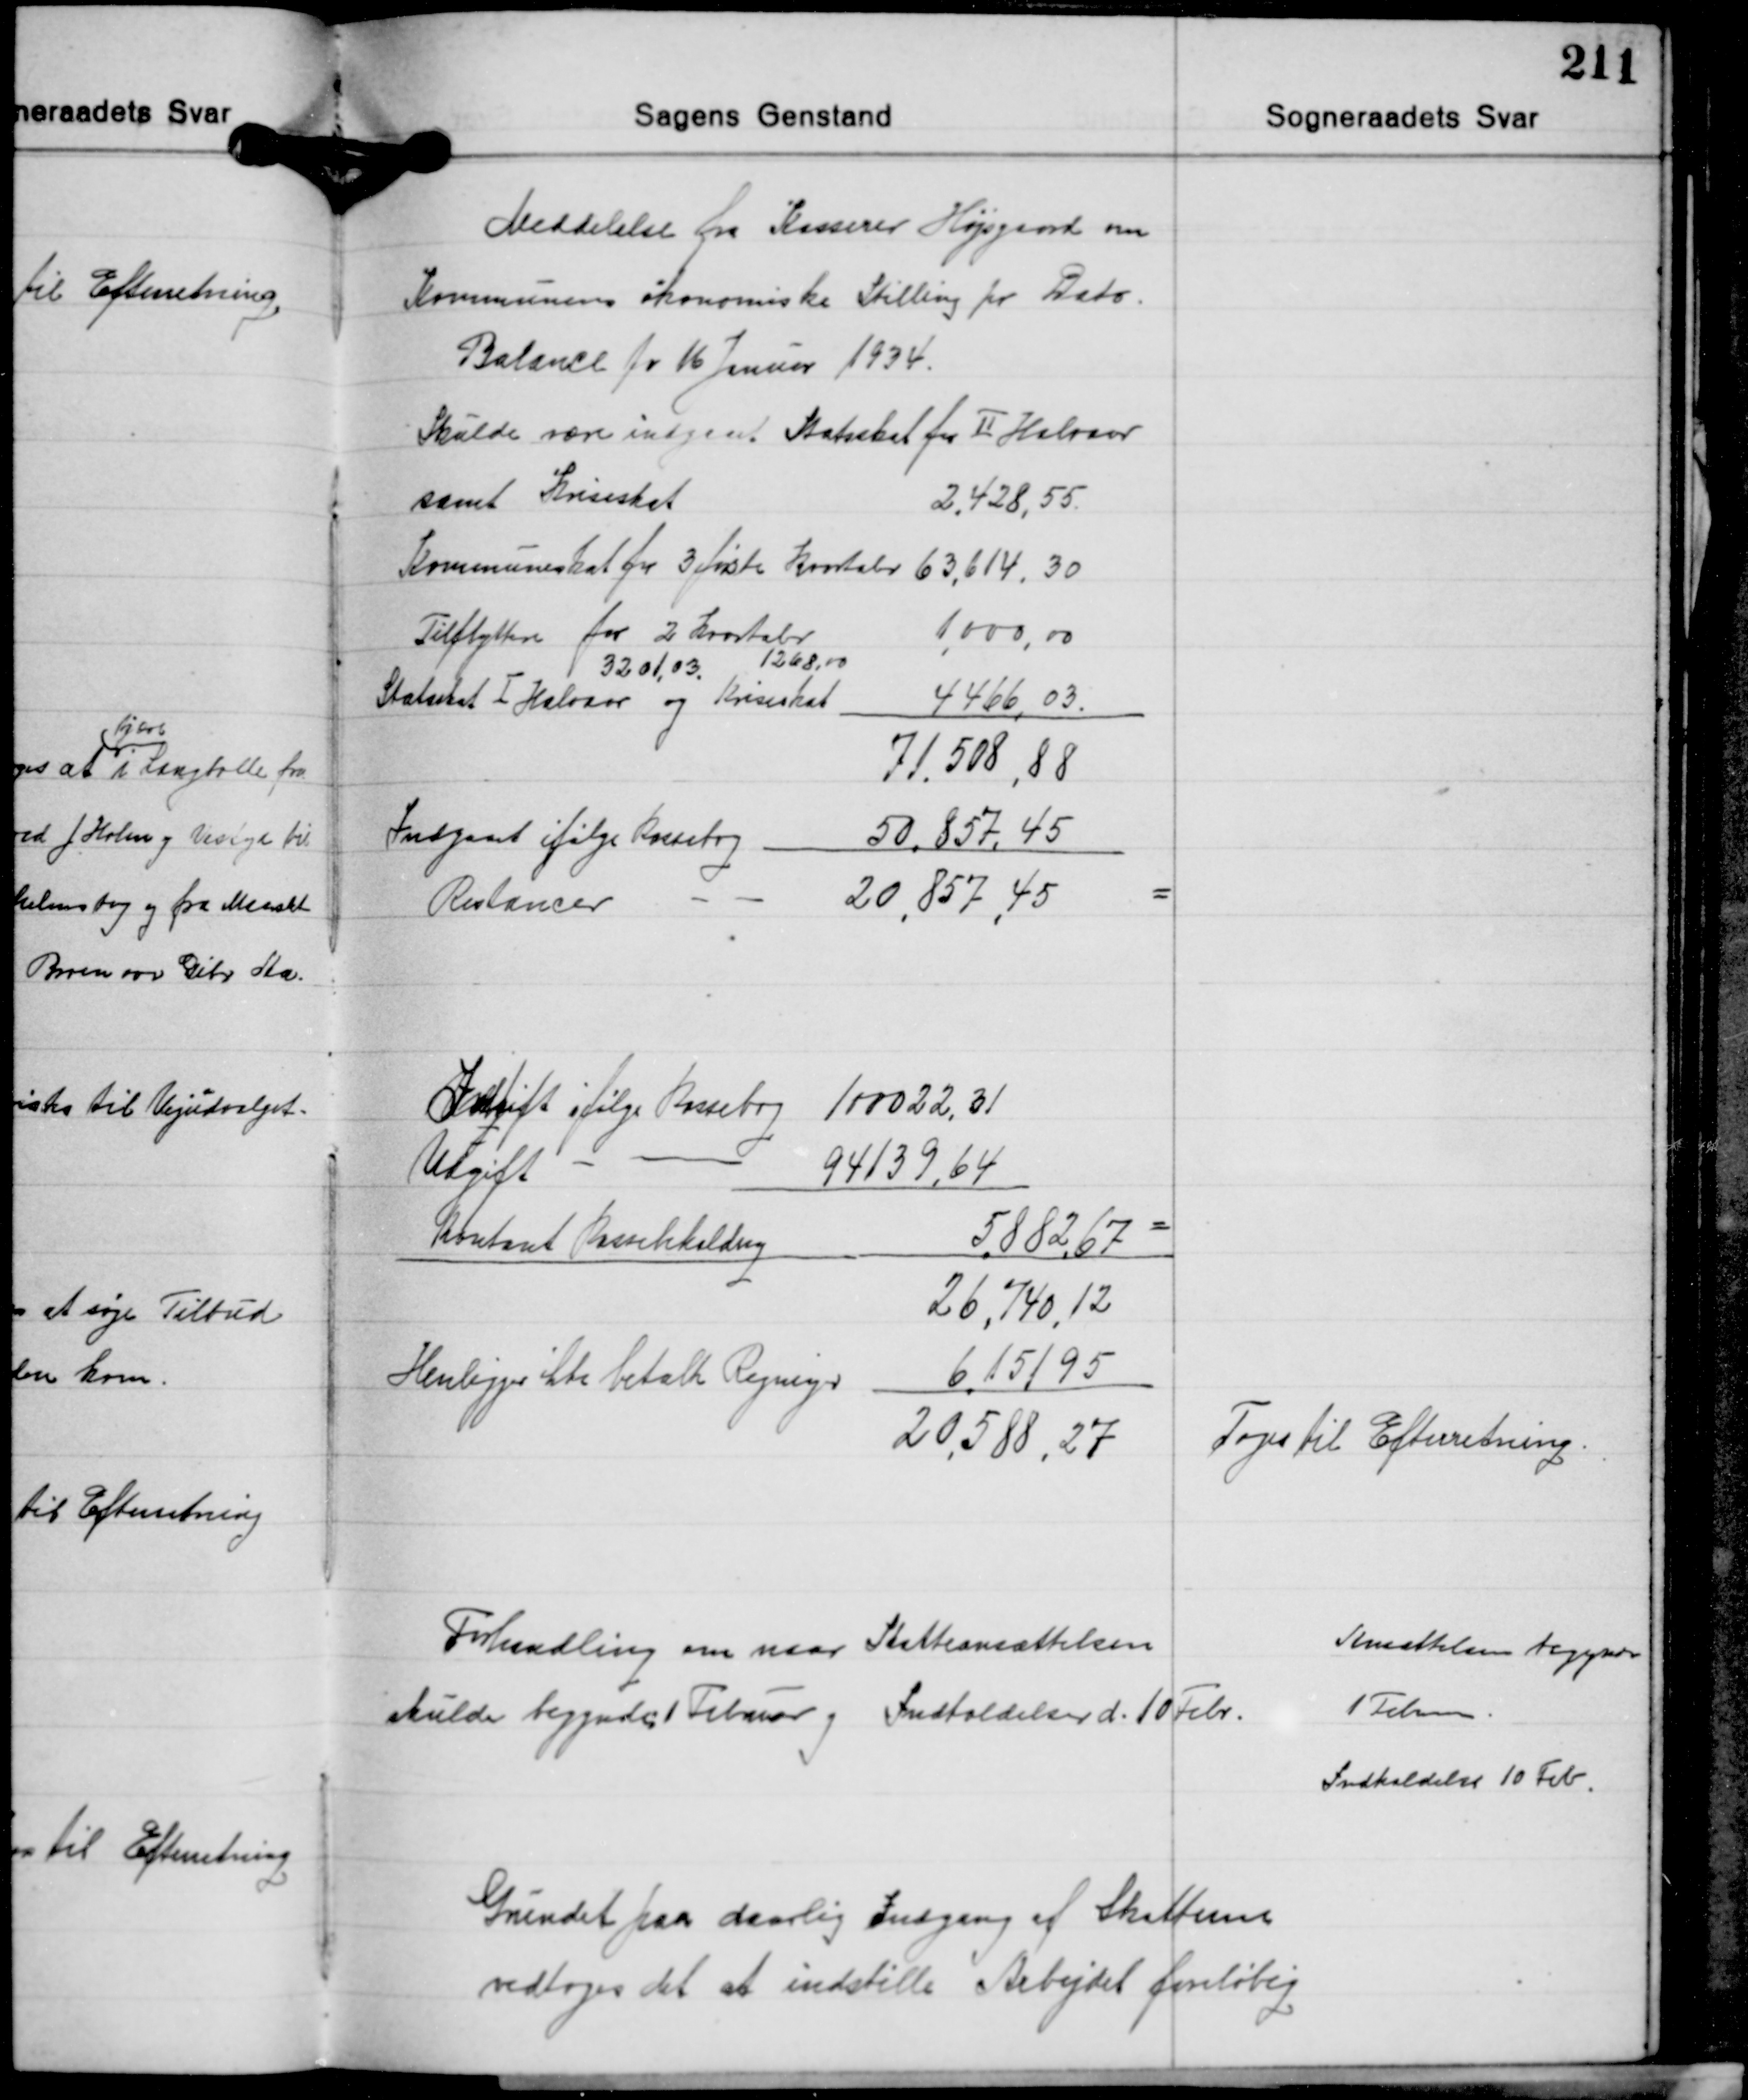
Transskription:
Meddelelse fra Kasserer Højsgaard om
Kommunens økonomiske Stilling pr. Dato.
Balance pr. 16 Januar 1934.
Skulde være indgivet Statsskat for Ⅱ Halvaar
samt Kriseskat
2.428,55.
Kommuneskat for 3 første Kvartaler 63,614,30
Tilflyttere for 2 Kvartaler 1,000,00
3201,03 1268,00
Statsskat Ⅰ Halvaar og Kriseskat 4466,03.
71.508,88
Indgaaet ifølge Kassebog 50,857,45
Restancer - - 20,857,45

Indtægt ifølge Kassebog 100022,31
Udgift - - 94139,64
Kontant Kassebeholdning 5.882,67 =
26,740,12
Henligger ikke betalte Regninger 6,151,95
20,588, 27

Toges til Efterretning.

Forhandling om naar Skatteansættelsen
skulde begynde 1 Februar og Indkaldelser d. 10 Febr.

Ansættelsen begynder
1 Februar
Indkaldelse 10 Feb.

Grundet paa daarlig Indgang af Skatterne
vedtoges det at indstille Arbejdet foreløbig